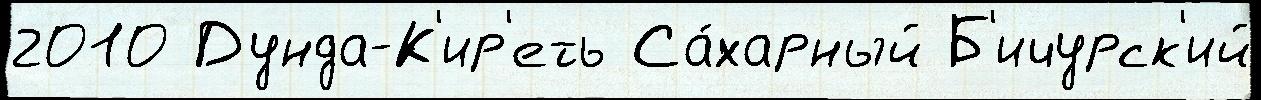
2010 Дунда-К'ир'еть Са́харный Б'ичурск'ий